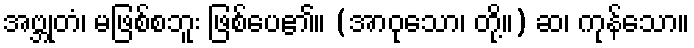
အဗ္ဘုတံ၊ မဖြစ်စဘူး ဖြစ်ပေ၏။ (အာဝုသော၊ တို့။) ဆ၊ ကုန်သော။